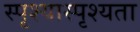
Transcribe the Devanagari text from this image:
स्पृश्यास्पृश्यता